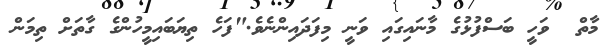
މާތް  ވަހީ ބަސްފުޅުގެ މާނައިގައި ވަނީ މިފަދައިންނެވެ."ފަހެ ތިޔަބައިމީހުންގެ ގާތަށް ތިމަން